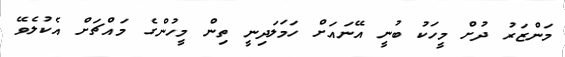
މަންޒަރު ދުށް މީހަކު ބުނީ އޭނައަށް ހަމަލަދިނީ ތިން މީހުންގެ މައްޗަށް އެކުލެވޭ